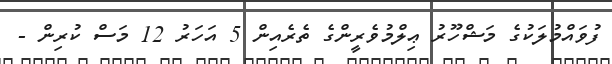
ފުވައްމުލަކުގެ މަޝްހޫރު ޢިލްމުވެރީންގެ ތެރެއިން 5 އަހަރު 12 މަސް ކުރިން -